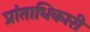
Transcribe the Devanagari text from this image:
प्रांताधिकारी